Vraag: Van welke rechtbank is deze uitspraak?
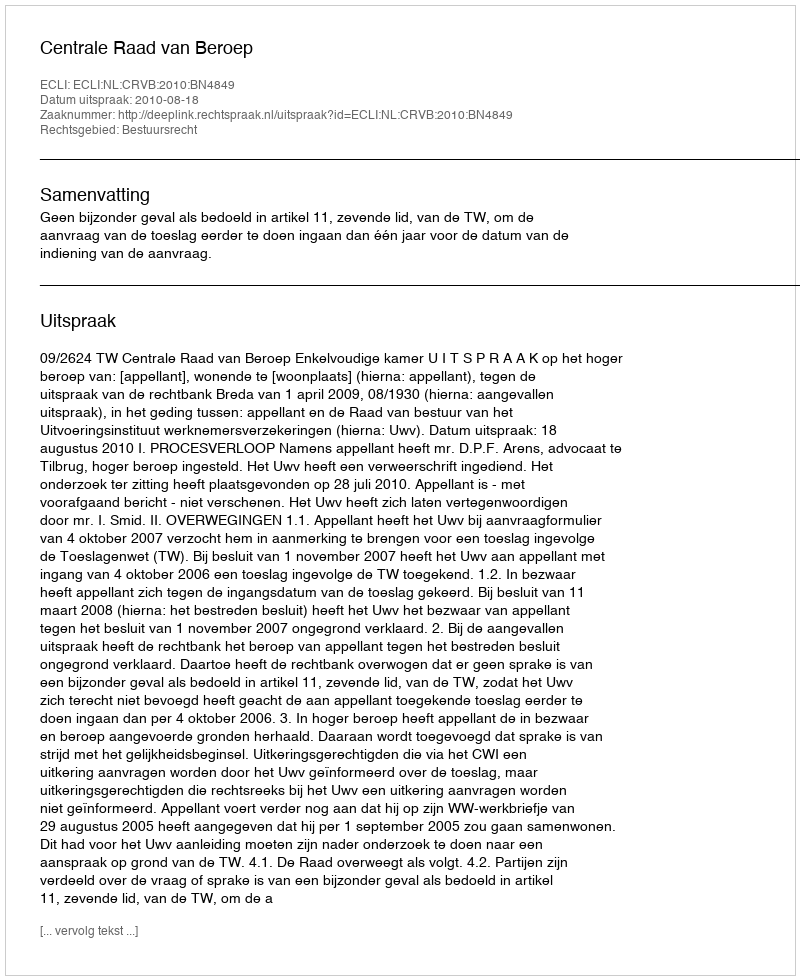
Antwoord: Centrale Raad van Beroep